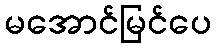
မအောင်မြင်ပေ